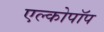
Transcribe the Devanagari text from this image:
एल्कोपॉप